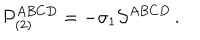
{ \cal P } _ { ( 2 ) } ^ { A B C D } = - \sigma _ { 1 } { \cal S } ^ { A B C D } \, .